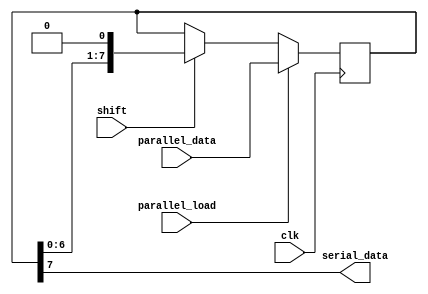
module parallel_in_serial_out_register(
    input wire clk,
    input wire parallel_load,
    input wire shift,
    input wire [7:0] parallel_data,
    output reg serial_data
);

reg [7:0] register_data;

always @(posedge clk) begin
    if (parallel_load) begin
        register_data <= parallel_data;
    end else if (shift) begin
        register_data <= {register_data[6:0], 1'b0};
    end
end

assign serial_data = register_data[7];

endmodule